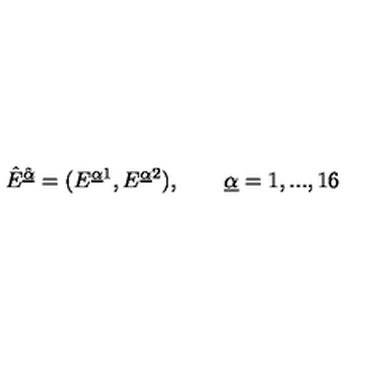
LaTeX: \hat { E } ^ { \hat { \underline { { \alpha } } } } = ( E ^ { \underline { { \alpha } } 1 } , E ^ { { \underline { { \alpha } } } 2 } ) , \qquad { \underline { { \alpha } } } = 1 , . . . , 1 6